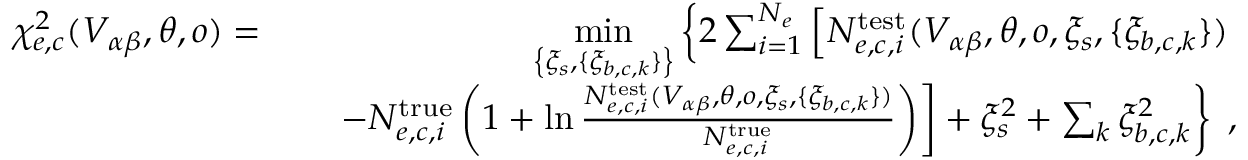
\begin{array} { r l r } { \chi _ { e , c } ^ { 2 } ( V _ { \alpha \beta } , \boldsymbol { \theta } , o ) = } & { } & { \underset { \left\{ \xi _ { s } , \{ \xi _ { b , c , k } \} \right\} } { \mathrm { m i n } } \left\{ 2 \sum _ { i = 1 } ^ { N _ { e } } \left[ N _ { e , c , i } ^ { \mathrm { t e s t } } ( V _ { \alpha \beta } , \boldsymbol { \theta } , o , \xi _ { s } , \{ \xi _ { b , c , k } \} ) \right. \right. } \\ & { } & { \left. \left. - N _ { e , c , i } ^ { \mathrm { t r u e } } \left( 1 + \ln \frac { N _ { e , c , i } ^ { \mathrm { t e s t } } ( V _ { \alpha \beta } , \boldsymbol { \theta } , o , \xi _ { s } , \{ \xi _ { b , c , k } \} ) } { N _ { e , c , i } ^ { \mathrm { t r u e } } } \right) \right] + \xi _ { s } ^ { 2 } + \sum _ { k } \xi _ { b , c , k } ^ { 2 } \right\} \; , } \end{array}